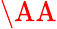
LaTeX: \mathrm{\AA}